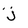
Character: j